Document type: Sale
Year: 1355
Scribe: Pere Borrell
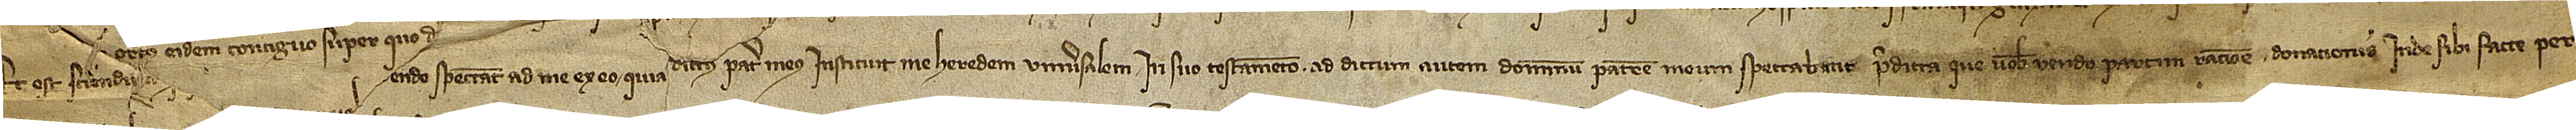
Et est sciendum [quod predicta que vobis v]endo spectant ad me ex eo quia dictus pater meus instituit me heredem universalem in suo testamento. Ad dictum autem dominum patrem meum spectabant predicta que vobis vendo partim ratione donationis inde sibi facte per